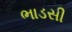
ભાડસી